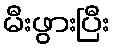
မီးဖွားပြီး